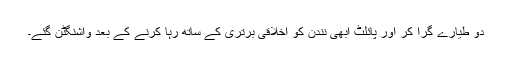
دو طیارے گرا کر اور پائلٹ ابھی نندن کو اخلاقی برتری کے ساتھ رہا کرنے کے بعد واشنگٹن گئے۔